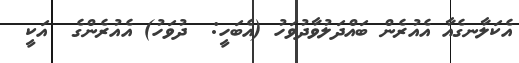
އެކަލާނގެއާ އެއުރެން ބައްދަލުވާދުވަހު (އެބަހީ:  ދުވަހު) އެއުރެންގެ  އަކީ